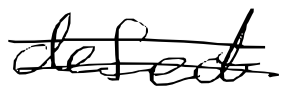
Text: defect
Cross-out: double-line
Writing tool: digital_black